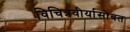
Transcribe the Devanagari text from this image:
विचित्रवीर्यासोबत